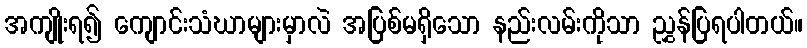
အကျိုးရ၍ ကျောင်းသံဃာများမှာလဲ အပြစ်မရှိသော နည်းလမ်းကိုသာ ညွှန်ပြရပါတယ်။